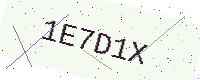
Text: 1E7D1X